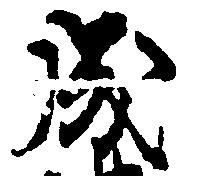
成